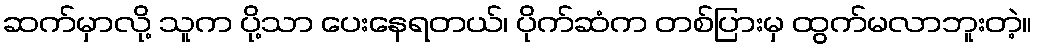
ဆက်မှာလို့ သူက ပို့သာ ပေးနေရတယ်၊ ပိုက်ဆံက တစ်ပြားမှ ထွက်မလာဘူးတဲ့။